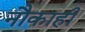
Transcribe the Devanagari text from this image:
नौकाही